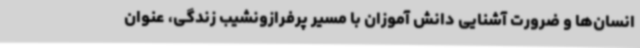
انسان‌ها و ضرورت آشنایی دانش آموزان با مسیر پرفرازونشیب زندگی، عنوان